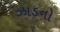
ઝાડનો